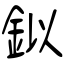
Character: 鉯